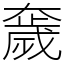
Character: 奯